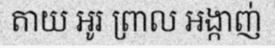
តាយ អូរ ព្រាល អង្កាញ់